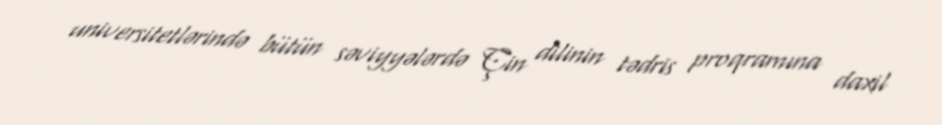
universitetlərində bütün səviyyələrdə Çin dilinin tədris proqramına daxil